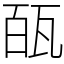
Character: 㼣